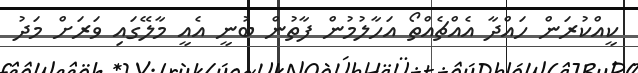
ކީއްކުރަން ހައްދާ އެއްޗެއްތޯ އަހާލުމުން ފާތުން ބުނީ އެއީ މާލޭގައި ވަރަށް މަދު